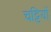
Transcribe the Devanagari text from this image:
चट्टियों